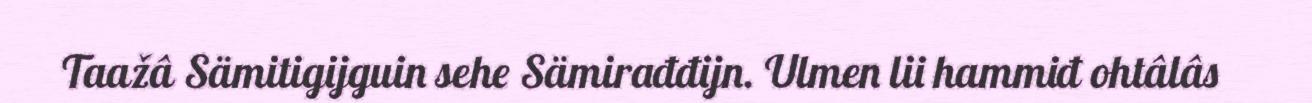
Taažâ Sämitigijguin sehe Sämirađđijn. Ulmen lii hammiđ ohtâlâs